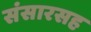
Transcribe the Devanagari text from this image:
संसारसह